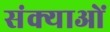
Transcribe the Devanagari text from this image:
संक्याओं